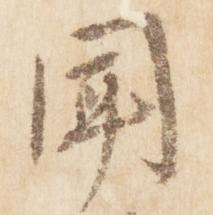
聞